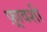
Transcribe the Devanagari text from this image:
फ़्रावशी